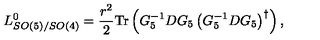
L _ { S O ( 5 ) / S O ( 4 ) } ^ { 0 } = \frac { { r } ^ { 2 } } { 2 } \mathrm { T r } \left( G _ { 5 } ^ { - 1 } D G _ { 5 } \left( G _ { 5 } ^ { - 1 } D G _ { 5 } \right) ^ { \dag } \right) ,